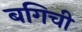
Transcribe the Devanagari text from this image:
बगिची